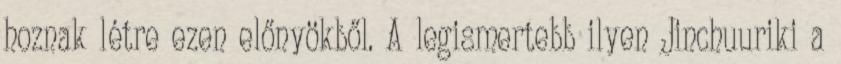
hoznak létre ezen előnyökből. A legismertebb ilyen Jinchuuriki a